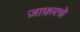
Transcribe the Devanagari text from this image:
ज़ाफ़रचे